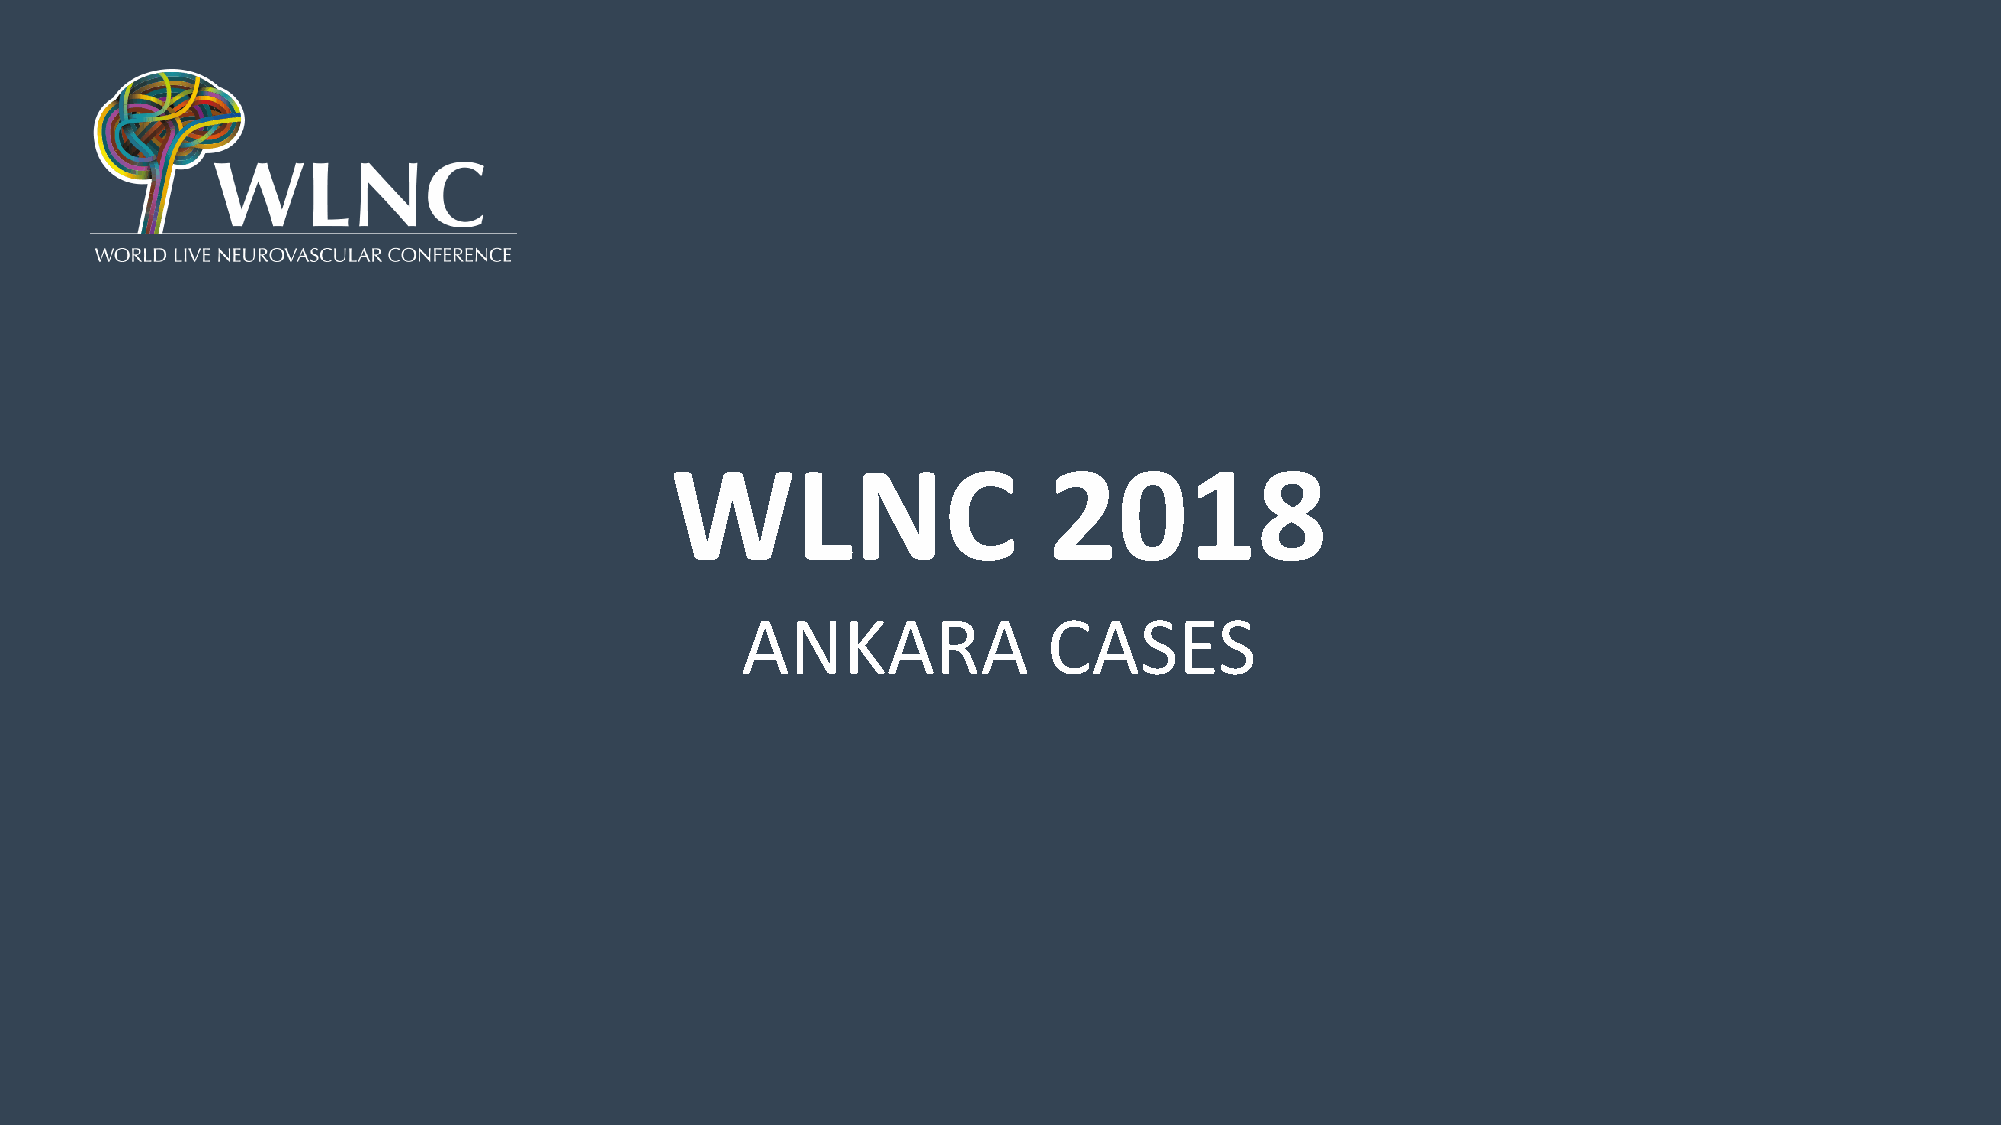
WLNC                     2018
 ANKARA              CASES